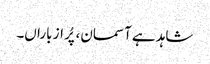
شاہد ہے آسمان، پُر از باراں۔